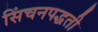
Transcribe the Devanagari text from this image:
सिंचनपद्धती